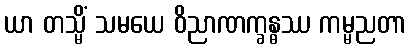
ယာ တသ္မိံ သမယေ ဝိညာဏက္ခန္ဓဿ ကမ္မညတာ